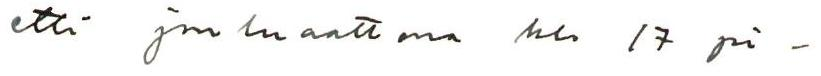
että jouluaattona klo 17 pi-